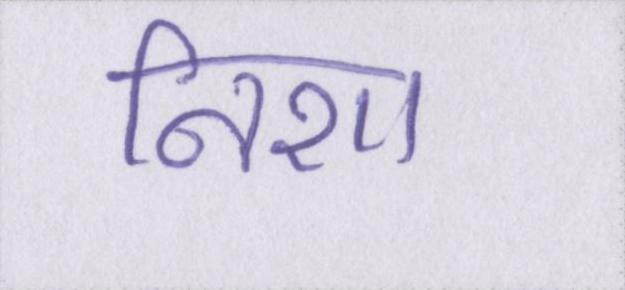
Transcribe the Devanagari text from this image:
निशा